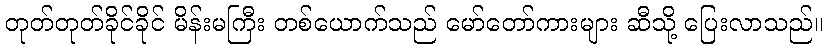
တုတ်တုတ်ခိုင်ခိုင် မိန်းမကြီး တစ်ယောက်သည် မော်တော်ကားများ ဆီသို့ ပြေးလာသည်။